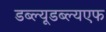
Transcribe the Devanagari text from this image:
डब्ल्यूडब्ल्यएफ